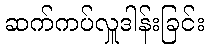
ဆက်ကပ်လှူဒါန်းခြင်း